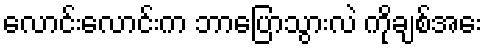
လောင်းလောင်းက ဘာပြောသွားလဲ ကိုချစ်အေး